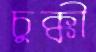
চুক্কী